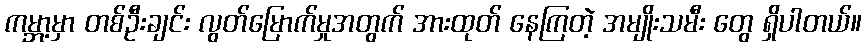
ကမ္ဘာ့မှာ တစ်ဦးချင်း လွတ်မြောက်မှုအတွက် အားထုတ် နေကြတဲ့ အမျိုးသမီး တွေ ရှိပါတယ်။